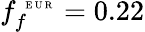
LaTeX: f_{f}^{\mathrm{~\tiny~E~U~R~}}=0.22